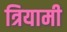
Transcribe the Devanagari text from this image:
त्रियामी